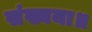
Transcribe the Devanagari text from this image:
संख्यया॥